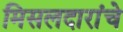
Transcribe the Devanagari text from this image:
मिसलदारांचे